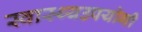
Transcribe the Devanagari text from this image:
स्वास्थ्यउपयोगी